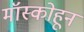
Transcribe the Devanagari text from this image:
मॉस्कोहून